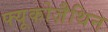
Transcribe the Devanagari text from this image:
फ्यूकोज़ैथिन